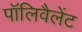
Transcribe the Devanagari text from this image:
पॉलिवैलेंट